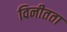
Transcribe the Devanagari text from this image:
विनीतता